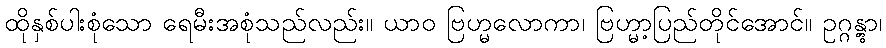
ထိုနှစ်ပါးစုံသော ရေမီးအစုံသည်လည်း။ ယာဝ ဗြဟ္မလောကာ၊ ဗြဟ္မာ့ပြည်တိုင်အောင်။ ဥဂ္ဂန္တွာ၊